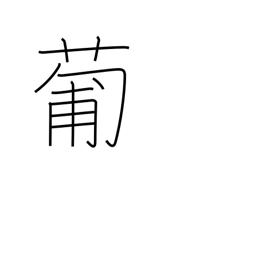
Meaning: Portugal